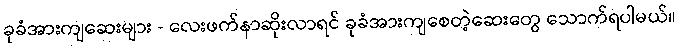
ခုခံအားကျဆေးများ - လေးဖက်နာဆိုးလာရင် ခုခံအားကျစေတဲ့ဆေးတွေ သောက်ရပါမယ်။